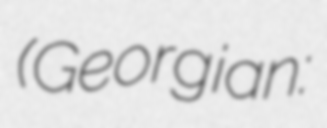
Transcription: (Georgian: